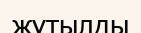
жұтылды